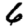
Digit: 6